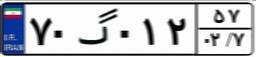
۷۰گ۰۱۲۵۷